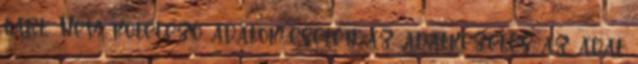
tart. Nem kötelező adatok esetén az adatkezelés az adat